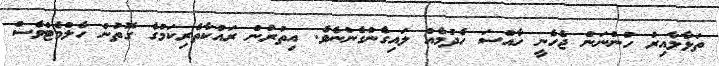
ތަޅާލާއިރު ހުންނަން ޖެހެނީ ހާއްސަ ހެދުމެއް ލައިގެންގެންނެވެ. އިތުރުން ރައްކާތެރިކަމުގެ ގޮތުން ހެލްމެޓްވެސް